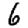
Digit: 6